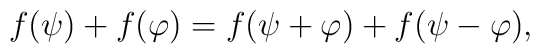
f(\psi)+f(\varphi)=f(\psi+\varphi)+f(\psi-\varphi),